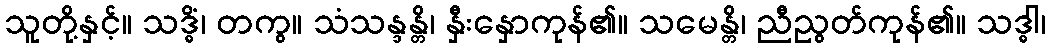
သူတို့နှင့်။ သဒ္ဓိံ၊ တကွ။ သံသန္ဒန္တိ၊ နှီးနှောကုန်၏။ သမေန္တိ၊ ညီညွတ်ကုန်၏။ သဒ္ဓါ၊